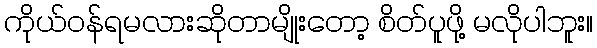
ကိုယ်ဝန်ရမလားဆိုတာမျိုးတော့ စိတ်ပူဖို့ မလိုပါဘူး။